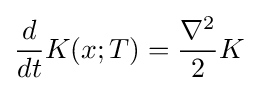
{\frac {d}{dt}}K(x;T)={\frac {\nabla ^{2}}{2}}K